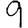
Digit: 9